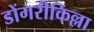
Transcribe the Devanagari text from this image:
डोंगरीकिल्ला